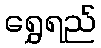
ရွှေရည်